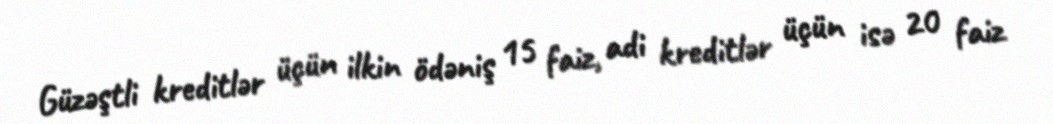
Güzəştli kreditlər üçün ilkin ödəniş 15 faiz, adi kreditlər üçün isə 20 faiz